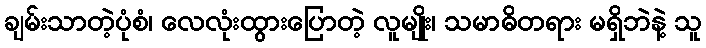
ချမ်းသာတဲ့ပုံစံ၊ လေလုံးထွားပြောတဲ့ လူမျိုး၊ သမာဓိတရား မရှိဘဲနဲ့ သူ